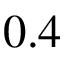
0 . 4